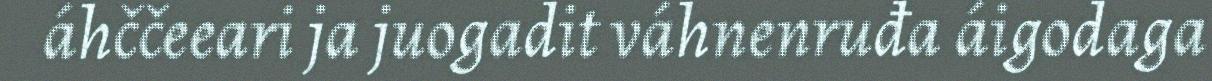
áhččeeari ja juogadit váhnenruđa áigodaga